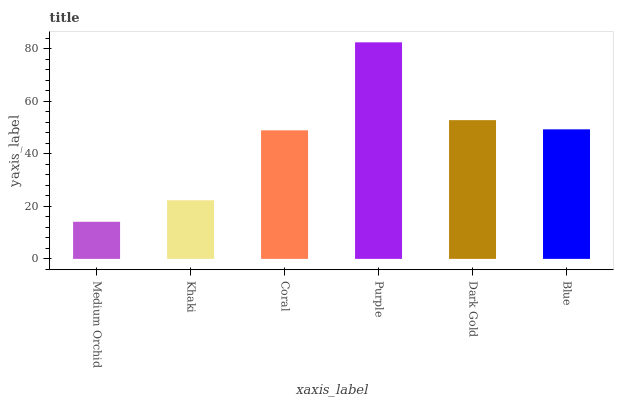
| xaxis_label | bars |
 | --- | --- |
 | Medium Orchid | 14.1 |
 | Khaki | 22.3 |
 | Coral | 48.9 |
 | Purple | 82.5 |
 | Dark Gold | 52.8 |
 | Blue | 49.3 |